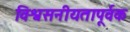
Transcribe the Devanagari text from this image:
विश्वसनीयतापूर्वक